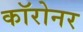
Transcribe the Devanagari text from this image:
कॉरोनर